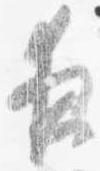
夜